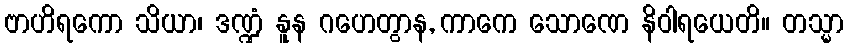
ဗာဟိရကော သိယာ၊ ဒဏ္ဍံ နူန ဂဟေတွာန, ကာကေ သောဏေ နိဝါရယေတိ။ တသ္မာ